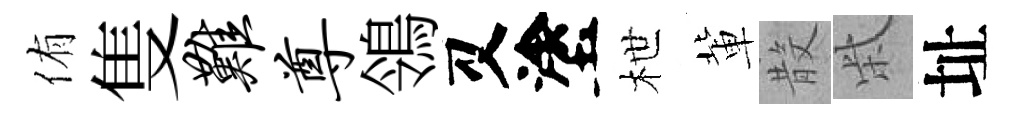
侑隻难尊鴒又塗枻軰𣪚柴址